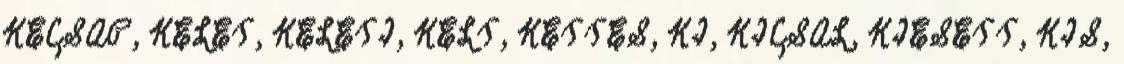
KECSAP, KELET, KELETI, KELT, KETTES, KI, KICSAL, KIESETT, KIS,